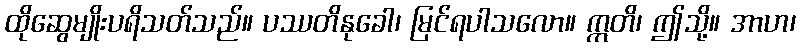
ထိုဆွေမျိုးပရိသတ်သည်။ ပဿတိနုခေါ၊ မြင်ရပါသလော။ ဣတိ၊ ဤသို့။ အာဟ၊